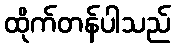
ထိုက်တန်ပါသည်